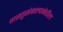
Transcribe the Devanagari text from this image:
वास्तुसंकल्पनेतील